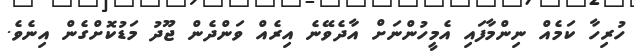
ހުރިހާ ކަމެއް ނިންމާފައި އެމީހުންނަށް އާދެވޭނެ އިރެއް ވަންދެން ޖޫދު މަޑުކޮށްގެން އިނެވެ.